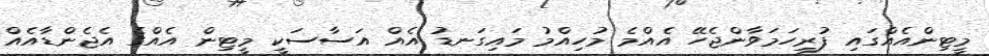
މީޓިންއެއްގައި ފުރިހަމަވާންޖެހޭ އެއްމެ މުހިއްމު މައިގަނޑު އެއް އަސާސަކީ މީޓިން އެއްގެ އެޖެންޑާއެއް